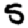
Digit: 5